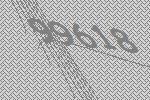
99618